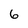
Character: 6